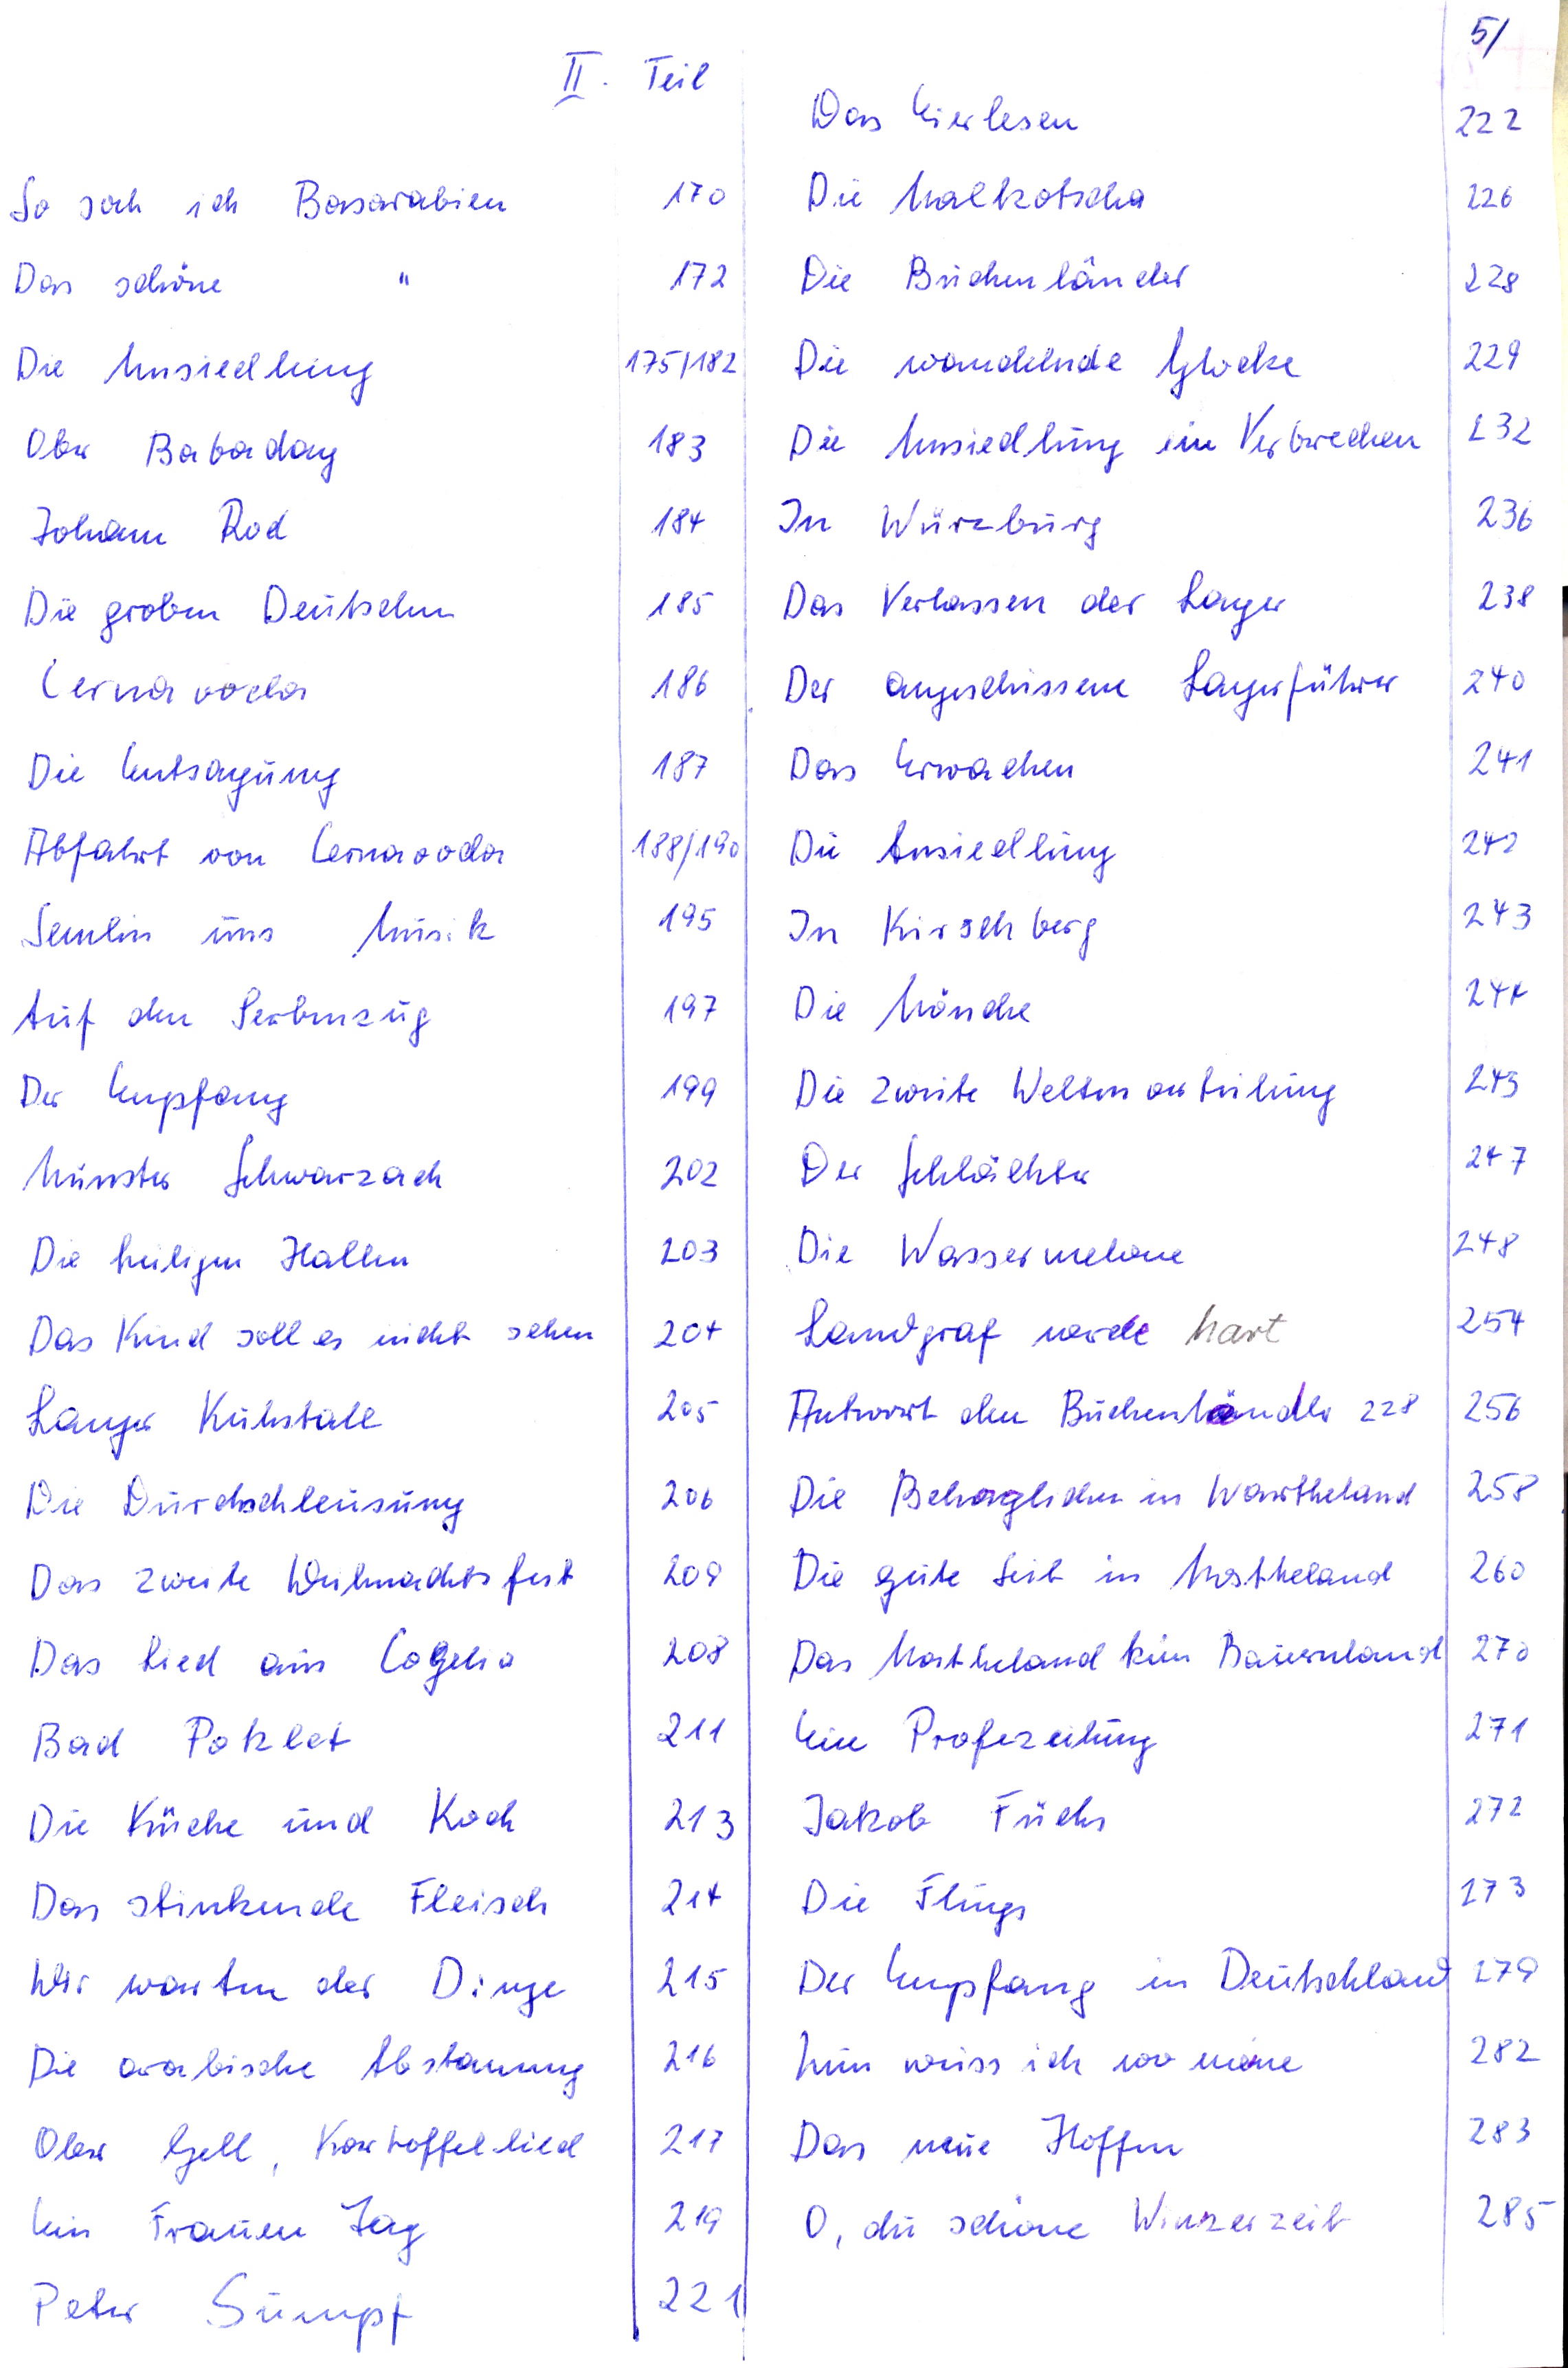
So sah ich Bessarabien
Das schöne
Die Umsiedlung
Obr Babadag
Johann Rod
Die groben Deutschen
Cernavoda
Die Entsagung
Abfahrt von Cernavoda
Semlin uns Musik
Auf den Serbenzug
Der Empfang
Münster Schwarzach
Die heiligen Hallen
Das Kind soll es nicht sehen
Langer Kuhstall
Die Durchschleusung
Das zweite Weihnachtsfest
Das Lied aus Cogelia
Bad Poklet
Die Küche und Koch
Das stinkende Fleisch
Wir warten der Dinge
Die arabische Abstammung
Oler Gell, Kartoffellied
Ein Frauen Tag
Peter Sumpf

Das Eierlesen
Die Malkotscha
Die Buchenländer
Die wandelnde Glocke
Die Umsiedlung ein Verbrechen
In Würzburg
Das Verlassen der Lager
Der angeschissene Lagerführer
Das Erwachen
Die Ansiedlung
In Kirschberg
Die Mönche
Die zweite Welten an fülung
Der Schlächter
Die Wassermelone
Landgraf werde hart
Antwort den Buchenländer
Die Behaglichen in Wartheland
Die gute Zeit in Wartheland
Das Wartheland kein Bauernland
Ein Profezeihung
Jakob Füchs
Die Flings
Der Empfang in Deutschland
nun weiss ich wo meine
Das neue Hoffen
O, du schöne Winzerzeit